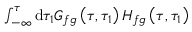
\begin{array} { r l } { \int _ { - \infty } ^ { \tau } \mathrm { d } \tau _ { 1 } G _ { f g } \left( \tau , \tau _ { 1 } \right) H _ { f g } \left( \tau , \tau _ { 1 } \right) } \end{array}